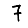
Digit: 7